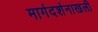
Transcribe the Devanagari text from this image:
मार्गदर्शनाखली